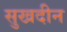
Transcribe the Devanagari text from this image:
सुखदीन